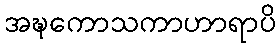
အဍ္ဎကောသကာဟာရာပိ